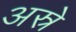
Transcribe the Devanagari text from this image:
अस्रे